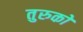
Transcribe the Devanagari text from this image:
तुरुकों